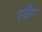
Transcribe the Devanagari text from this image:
एद्दिन